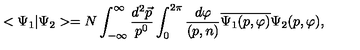
< \Psi _ { 1 } | \Psi _ { 2 } > = N \int _ { - \infty } ^ { \infty } \frac { d ^ { 2 } \vec { p } } { p ^ { 0 } } \int _ { 0 } ^ { 2 \pi } \frac { d \varphi } { ( p , n ) } \overline { { \Psi _ { 1 } ( p , \varphi ) } } \Psi _ { 2 } ( p , \varphi ) ,